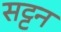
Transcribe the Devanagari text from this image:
सट्टन